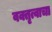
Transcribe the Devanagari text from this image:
वक्तृत्वाचा